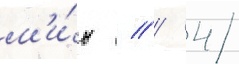
м'и́н // / 4